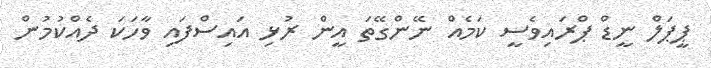
ޕީޕަލް ނީޑް ޕްރައިވެސީ ކަމެއް ނޭންގޭތަ އީން ރުޅި އައިސްފައި ވާހަކަ ދެއްކުމުން